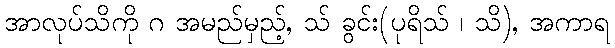
အာလုပ်သိကို ဂ အမည်မှည့်, သ် ခွင်း(ပုရိသ် ၊ သိ), အကာရ